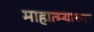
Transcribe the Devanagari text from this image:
माहात्म्याच्या